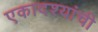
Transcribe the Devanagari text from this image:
एकादश्यांची